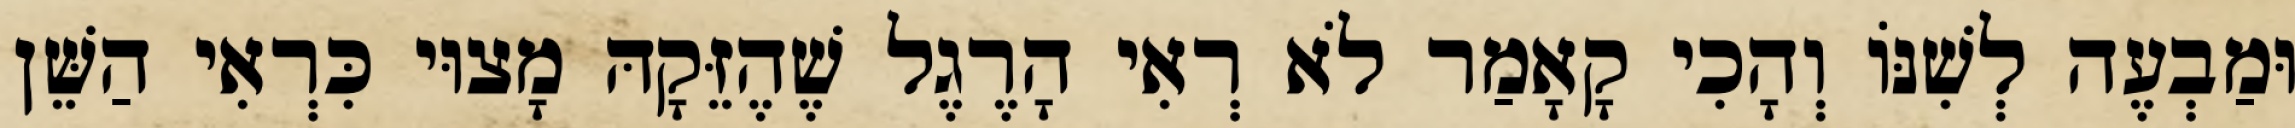
וּמַבְעֶה לְשִׁנּוֹ וְהָכִי קָאָמַר לֹא רְאִי הָרֶגֶל שֶׁהֶזֵּקָהּ מָצוּי כִּרְאִי הַשֵּׁן